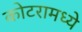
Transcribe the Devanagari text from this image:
कोटरामध्ये